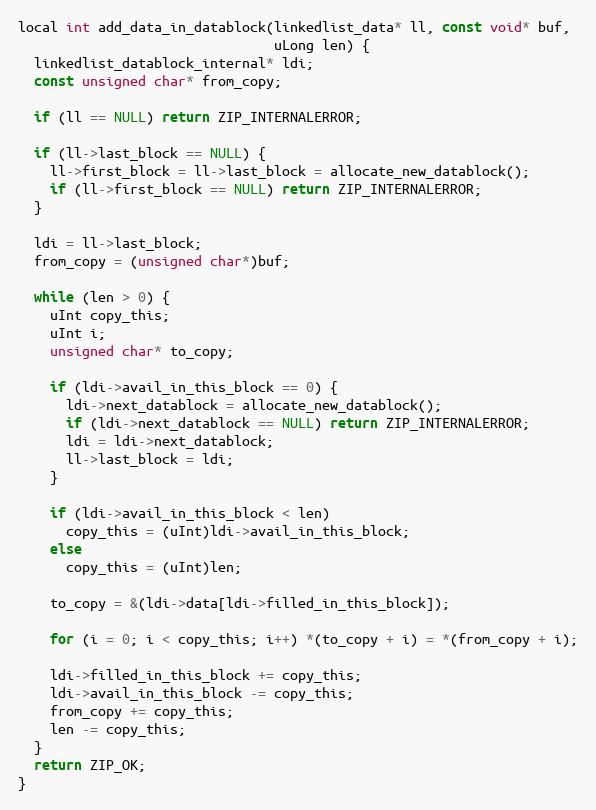
Language: C++
local int add_data_in_datablock(linkedlist_data* ll, const void* buf,
                                uLong len) {
  linkedlist_datablock_internal* ldi;
  const unsigned char* from_copy;

  if (ll == NULL) return ZIP_INTERNALERROR;

  if (ll->last_block == NULL) {
    ll->first_block = ll->last_block = allocate_new_datablock();
    if (ll->first_block == NULL) return ZIP_INTERNALERROR;
  }

  ldi = ll->last_block;
  from_copy = (unsigned char*)buf;

  while (len > 0) {
    uInt copy_this;
    uInt i;
    unsigned char* to_copy;

    if (ldi->avail_in_this_block == 0) {
      ldi->next_datablock = allocate_new_datablock();
      if (ldi->next_datablock == NULL) return ZIP_INTERNALERROR;
      ldi = ldi->next_datablock;
      ll->last_block = ldi;
    }

    if (ldi->avail_in_this_block < len)
      copy_this = (uInt)ldi->avail_in_this_block;
    else
      copy_this = (uInt)len;

    to_copy = &(ldi->data[ldi->filled_in_this_block]);

    for (i = 0; i < copy_this; i++) *(to_copy + i) = *(from_copy + i);

    ldi->filled_in_this_block += copy_this;
    ldi->avail_in_this_block -= copy_this;
    from_copy += copy_this;
    len -= copy_this;
  }
  return ZIP_OK;
}